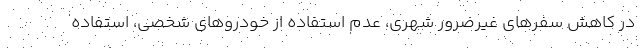
در کاهش سفرهای غیرضرور شهری، عدم استفاده از خودروهای شخصی، استفاده